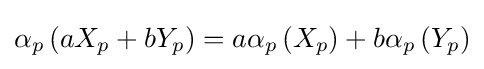
\alpha _{p}\left(aX_{p}+bY_{p}\right)=a\alpha _{p}\left(X_{p}\right)+b\alpha _{p}\left(Y_{p}\right)